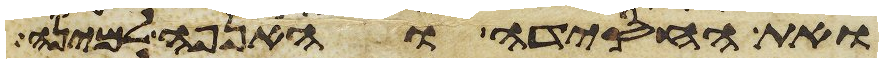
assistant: ואת החסידה והאנפה למינה